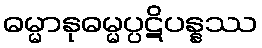
ဓမ္မာနုဓမ္မပ္ပဋိပန္နဿ